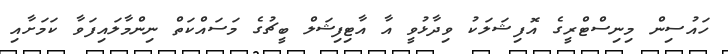
ހައުސިން މިނިސްޓްރީގެ އޮފިޝަލަކު ވިދާޅުވީ އާ އާޓިފިޝަލް ބީޗުގެ މަސައްކަތް ނިންމާލައިފަވާ ކަމަށާއި